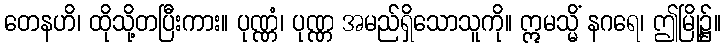
တေနဟိ၊ ထိုသို့တပြီးကား။ ပုဏ္ဏံ၊ ပုဏ္ဏ အမည်ရှိသောသူကို။ ဣမသ္မိံ နဂရေ၊ ဤမြို့၌။